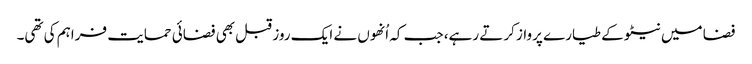
فضا میں نیٹو کے طیارے پرواز کرتے رہے، جب کہ اُنھوں نے ایک روز قبل بھی فضائی حمایت فراہم کی تھی۔